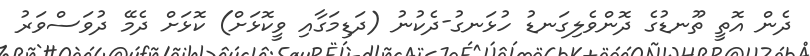
ދެން އޮތީ ތޫނޑުގެ ދޮންވެލިގަނޑު ހުޅަނގު-ދެކުނު (ދަޑިމަގާއި ވީކޮޅަށް) ކޮޅަށް ދެމޭ ދުވަސްވަރު